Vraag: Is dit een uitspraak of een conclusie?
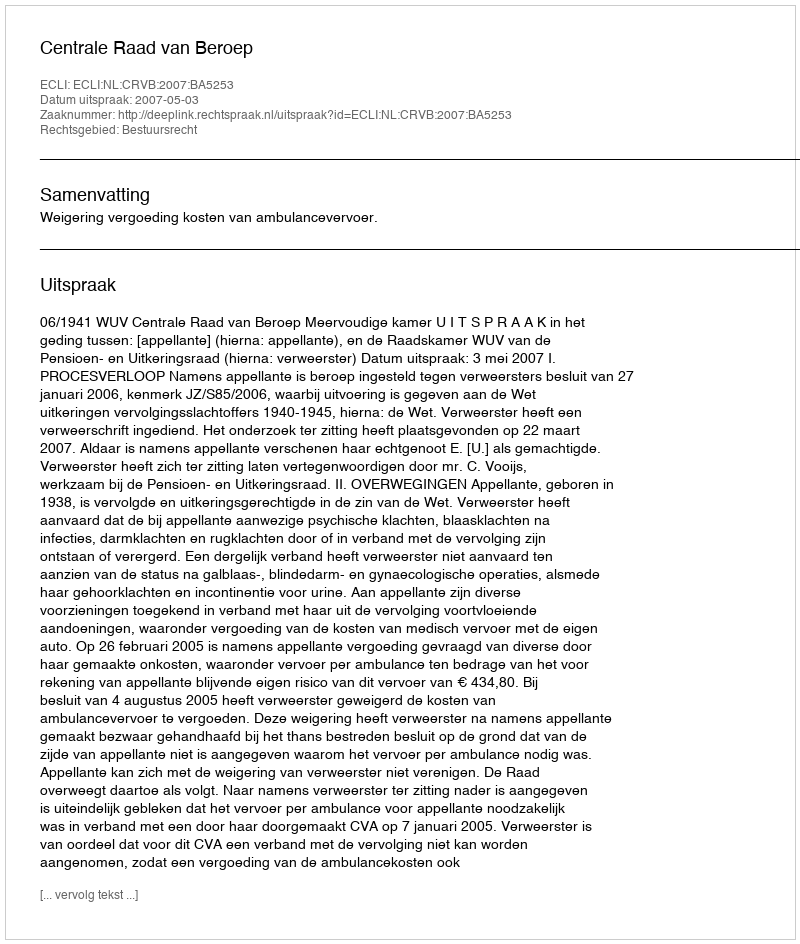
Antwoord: Uitspraak